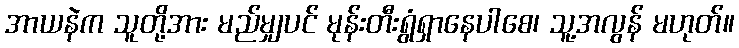
အာယနဲက သူတို့အား မည်မျှပင် မုန်းတီးရွံရှာနေပါစေ၊ သူ့အလွန် မဟုတ်။